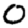
Digit: 0